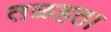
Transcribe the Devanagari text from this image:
तळहता